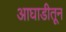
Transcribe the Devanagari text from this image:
आघाडीतून